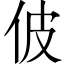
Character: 佊